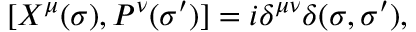
[ X ^ { \mu } ( \sigma ) , P ^ { \nu } ( \sigma ^ { \prime } ) ] = i \delta ^ { \mu \nu } \delta ( \sigma , \sigma ^ { \prime } ) ,